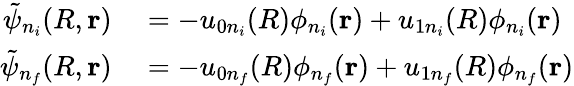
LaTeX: \begin{array}{rl}{\tilde{\psi}_{n_{i}}(R,\mathbf{r})}&{{}=-u_{0n_{i}}(R)\phi_{n_{i}}(\mathbf{r})+u_{1n_{i}}(R)\phi_{n_{i}}(\mathbf{r})}\\ {\tilde{\psi}_{n_{f}}(R,\mathbf{r})}&{{}=-u_{0n_{f}}(R)\phi_{n_{f}}(\mathbf{r})+u_{1n_{f}}(R)\phi_{n_{f}}(\mathbf{r})}\end{array}